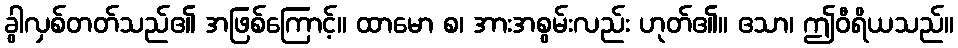
ခွါလှစ်တတ်သည်၏ အဖြစ်ကြောင့်။ ထာမော စ၊ အားအစွမ်းလည်း ဟုတ်၏။ ဧသာ၊ ဤဝီရိယသည်။